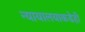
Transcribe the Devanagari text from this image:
न्यायालयाकडेही